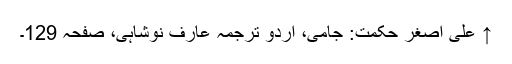
↑ علی اصغر حکمت: جامی، اردو ترجمہ عارف نوشاہی، صفحہ 129۔